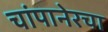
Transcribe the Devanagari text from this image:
चांपानेरचा